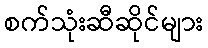
စက်သုံးဆီဆိုင်များ